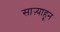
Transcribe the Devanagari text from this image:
साऱ्याहून